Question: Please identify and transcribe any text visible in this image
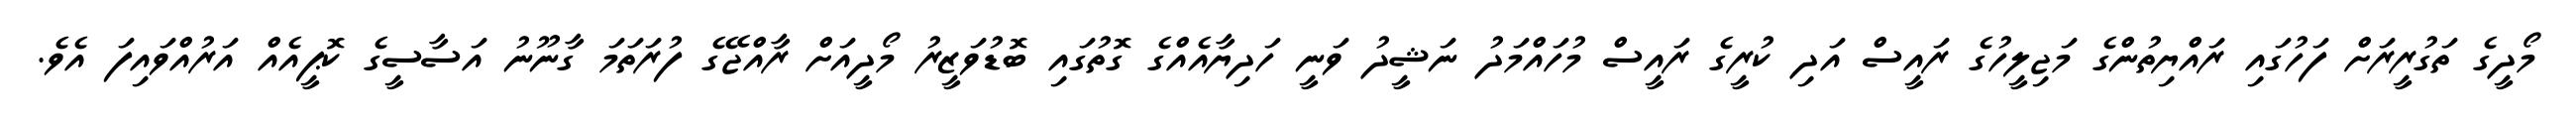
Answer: މޯދީގެ ތަގުރީރަށް ފަހުގައި ރައްޔިތުންގެ މަޖިލީހުގެ ރައީސް އަދި ކުރީގެ ރައީސް މުހައްމަދު ނަޝީދު ވަނީ ހަދިޔާއެއްގެ ގޮތުގައި ބޮޑުވަޒީރު މޯދީއަށް ރާއްޖޭގެ ފުރަތަމަ ގާނޫނު އަސާސީގެ ކޮޕީއެއް އަރުއްވައިފަ އެވެ.